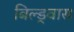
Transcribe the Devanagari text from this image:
बिल्ड्वास